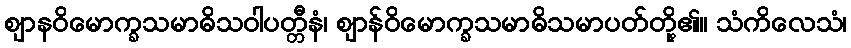
ဈာနဝိမောက္ခသမာဓိသဝါပတ္တီနံ၊ ဈာန်ဝိမောက္ခသမာဓိသမာပတ်တို့၏။ သံကိလေသံ၊